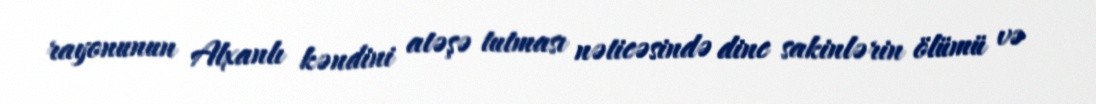
rayonunun Alxanlı kəndini atəşə tutması nəticəsində dinc sakinlərin ölümü və